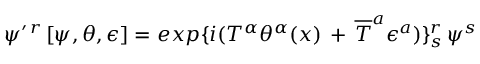
\psi ^ { \prime \, r \, } [ \psi , \theta , \epsilon ] = e x p \{ i ( T ^ { \alpha } \theta ^ { \alpha } ( x ) \, + \, { \overline { { T } } } ^ { a } \epsilon ^ { a } ) \} _ { s } ^ { r } \, \psi ^ { s }